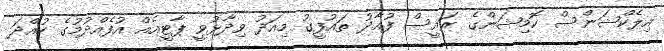
އިލެކްޝަންސް ކޮމިޝަންގެ ރައީސް ފުއާދު ތައުފީގު މިއަދު ވިދާޅުވީ ޕާޓީއެއް އުފެއްދުމުގެ ހުއްދަ